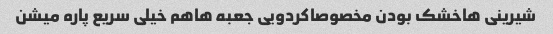
شیرینی هاخشک بودن مخصوصاکردویی جعبه هاهم خیلی سریع پاره میشن